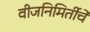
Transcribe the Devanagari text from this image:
वीजनिमिर्तीचे